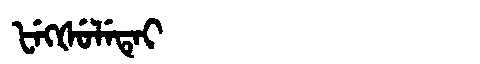
Manchu: ᡶᡝᡴᡧᡠᠯᡝᡨᡝᡳ
Romanization: FEKŠULETEI